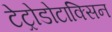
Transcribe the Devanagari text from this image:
टेट्रोडोटाक्सिन